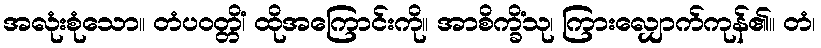
အလုံးစုံသော။ တံပဝတ္တိံ၊ ထိုအကြောင်းကို။ အာစိက္ခိံသု၊ ကြားလျှောက်ကုန်၏။ တံ၊